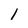
Character: 1